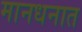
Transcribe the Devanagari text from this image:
मानधनात